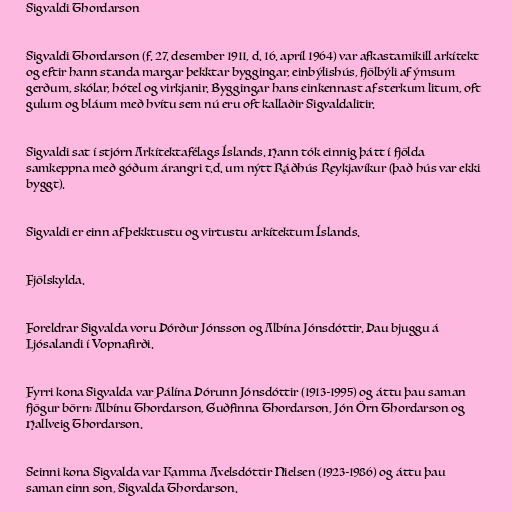
Sigvaldi Thordarson

Sigvaldi Thordarson (f. 27. desember 1911, d. 16. apríl 1964) var afkastamikill arkítekt
og eftir hann standa margar þekktar byggingar, einbýlishús, fjölbýli af ýmsum
gerðum, skólar, hótel og virkjanir. Byggingar hans einkennast af sterkum litum, oft
gulum og bláum með hvítu sem nú eru oft kallaðir Sigvaldalitir.

Sigvaldi sat í stjórn Arkítektafélags Íslands. Hann tók einnig þátt í fjölda
samkeppna með góðum árangri t.d. um nýtt Ráðhús Reykjavíkur (það hús var ekki
byggt).

Sigvaldi er einn af þekktustu og virtustu arkítektum Íslands.

Fjölskylda.

Foreldrar Sigvalda voru Þórður Jónsson og Albína Jónsdóttir. Þau bjuggu á
Ljósalandi í Vopnafirði.

Fyrri kona Sigvalda var Pálína Þórunn Jónsdóttir (1913-1995) og áttu þau saman
fjögur börn: Albínu Thordarson, Guðfinna Thordarson, Jón Örn Thordarson og
Hallveig Thordarson.

Seinni kona Sigvalda var Kamma Axelsdóttir Nielsen (1923-1986) og áttu þau
saman einn son, Sigvalda Thordarson.